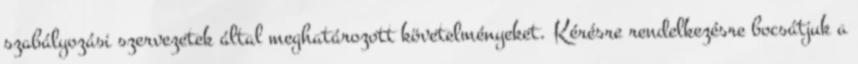
szabályozási szervezetek által meghatározott követelményeket. Kérésre rendelkezésre bocsátjuk a